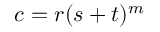
c = r ( s + t ) ^ { m }